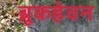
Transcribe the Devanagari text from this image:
ब्रूकहेवन